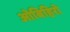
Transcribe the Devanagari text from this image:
ओबिहिरो